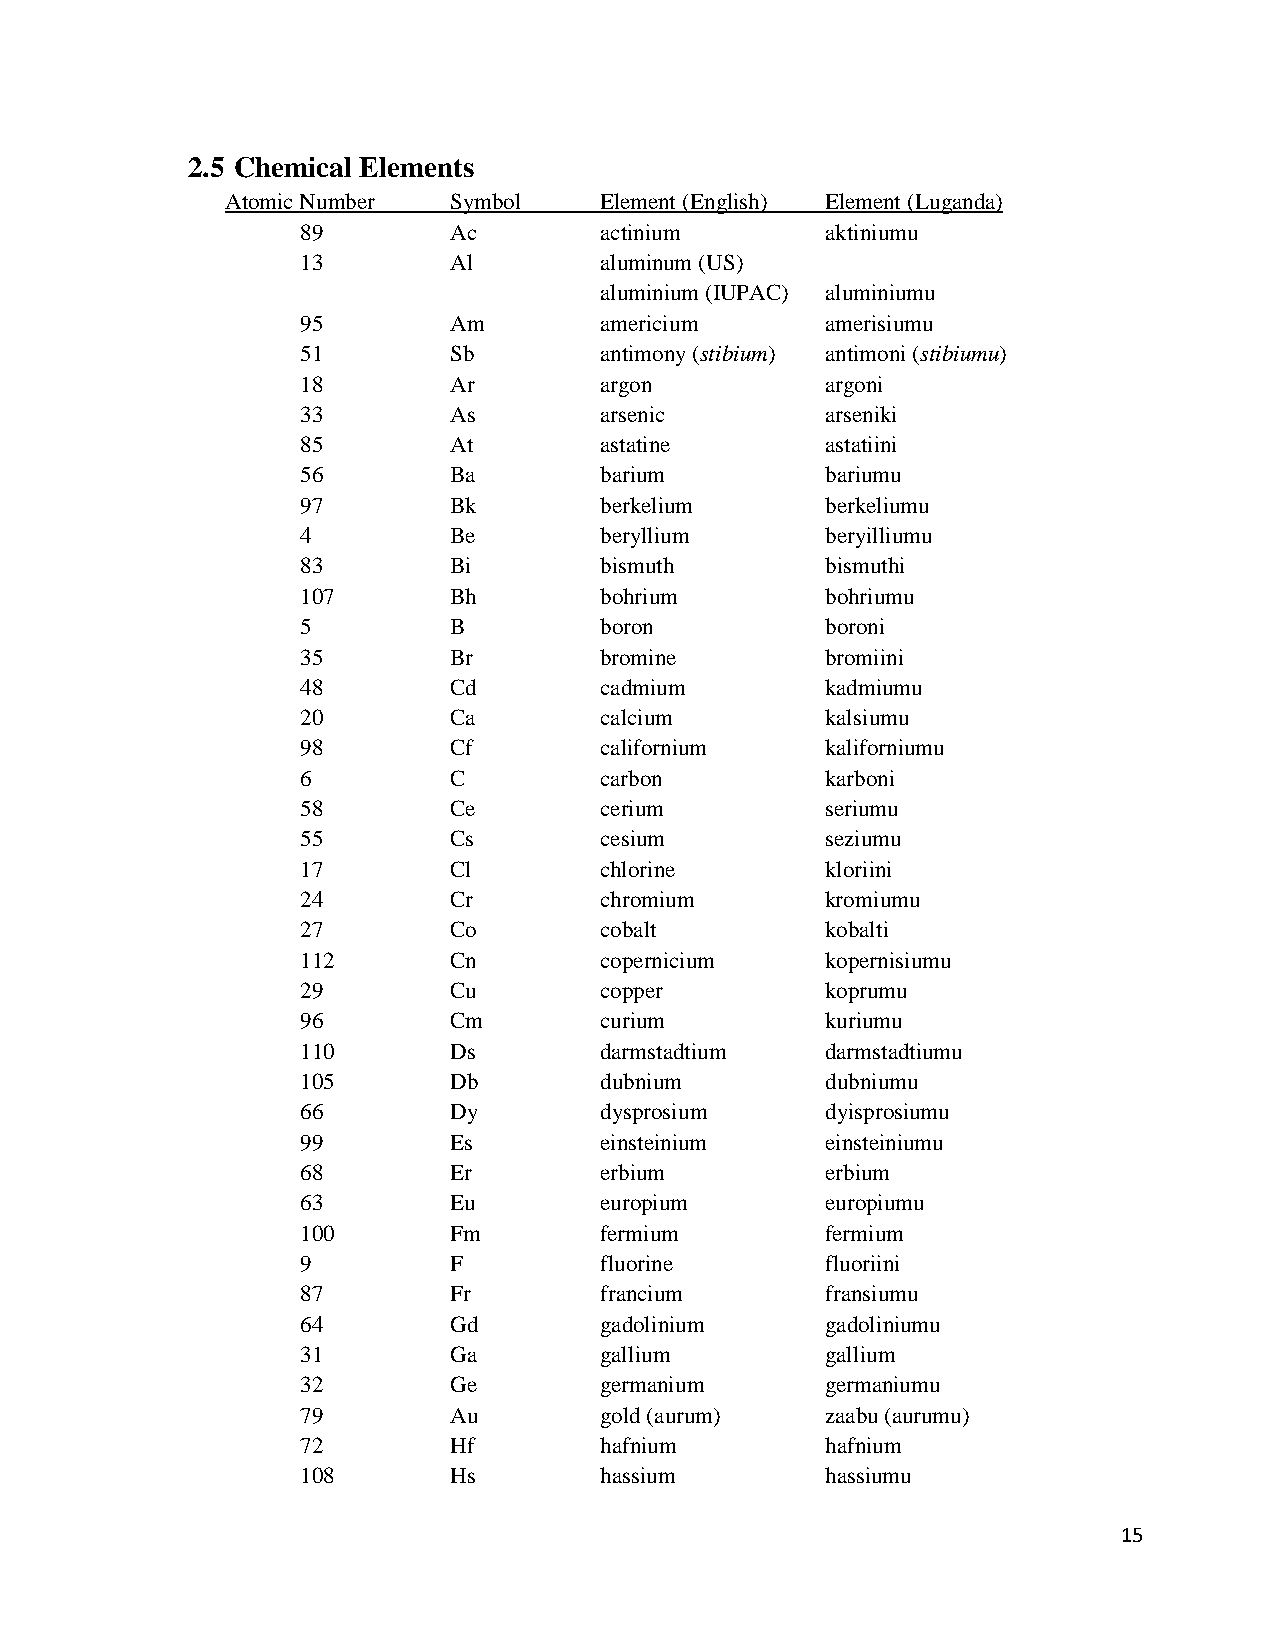
2.5 Chemical Elements
 Atomic Number  Symbol    Element (English) Element (Luganda)
 89        Ac        actinium       aktiniumu
 13        Al        aluminum (US)
 aluminium (IUPAC) aluminiumu
 95        Am        americium      amerisiumu
 51        Sb        antimony (stibium) antimoni (stibiumu)
 18        Ar        argon          argoni
 33        As        arsenic        arseniki
 85        At        astatine       astatiini
 56        Ba        barium         bariumu
 97        Bk        berkelium      berkeliumu
 4         Be        beryllium      beryilliumu
 83        Bi        bismuth        bismuthi
 107       Bh        bohrium        bohriumu
 5         B         boron          boroni
 35        Br        bromine        bromiini
 48        Cd        cadmium        kadmiumu
 20        Ca        calcium        kalsiumu
 98        Cf        californium    kaliforniumu
 6         C         carbon         karboni
 58        Ce        cerium         seriumu
 55        Cs        cesium         seziumu
 17        Cl        chlorine       kloriini
 24        Cr        chromium       kromiumu
 27        Co        cobalt         kobalti
 112       Cn        copernicium    kopernisiumu
 29        Cu        copper         koprumu
 96        Cm        curium         kuriumu
 110       Ds        darmstadtium   darmstadtiumu
 105       Db        dubnium        dubniumu
 66        Dy        dysprosium     dyisprosiumu
 99        Es        einsteinium    einsteiniumu
 68        Er        erbium         erbium
 63        Eu        europium       europiumu
 100       Fm        fermium        fermium
 9         F         fluorine       fluoriini
 87        Fr        francium       fransiumu
 64        Gd        gadolinium     gadoliniumu
 31        Ga        gallium        gallium
 32        Ge        germanium      germaniumu
 79        Au        gold (aurum)   zaabu (aurumu)
 72        Hf        hafnium        hafnium
 108       Hs        hassium        hassiumu
 15